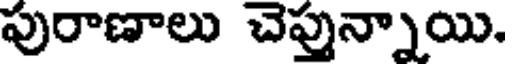
పురాణాలు చెప్తున్నాయి.